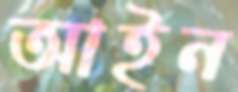
আইন